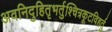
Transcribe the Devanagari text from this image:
अवनिदुहितृभर्तुश्चित्रकूटविहर्तु